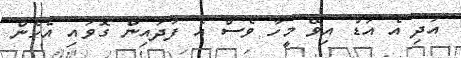
އަދި އެ އަޑު އިވޭ މީހާ ވެސް އެ ފަދައިން ގޮވައި އެހެން